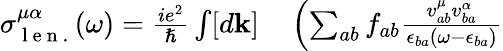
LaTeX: \begin{array}{rl}{\sigma_{\mathrm{~l~e~n~.~}}^{\mu\alpha}(\omega)=\frac{ie^{2}}{\hslash}\int[d\mathbf{k}]}&{{}\left(\sum_{ab}f_{ab}\frac{v_{ab}^{\mu}v_{ba}^{\alpha}}{\epsilon_{ba}(\omega-\epsilon_{ba})}\right.}\end{array}